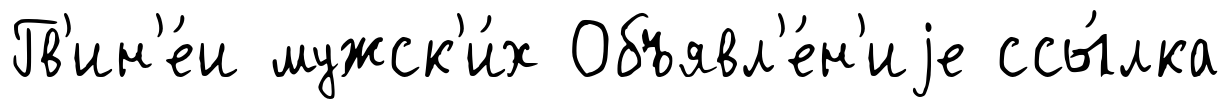
Гв'ин'е́и мужск'и́х Объявл'е́н'иjе ссы́лка